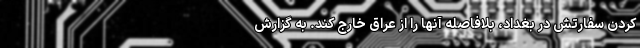
کردن سفارتش در بغداد، بلافاصله آنها را از عراق خارج کند. به گزارش